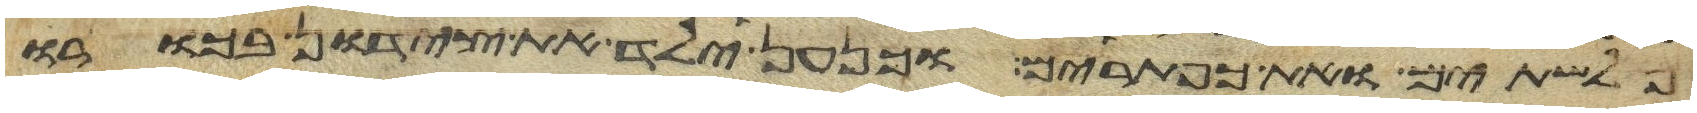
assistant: פלשתים ואת כפתרים וכנען ילד את צידון בכורו